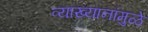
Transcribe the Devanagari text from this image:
व्याख्यानांमुळे